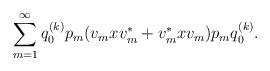
LaTeX: \begin{align*}\sum_{m=1}^\infty q_0^{(k)}p_m(v_mxv_m^*+v_m^*xv_m)p_mq_0^{(k)}. \end{align*}